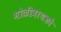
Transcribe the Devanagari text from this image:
भोळीबायको